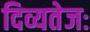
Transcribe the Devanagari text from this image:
दिव्यतेजः